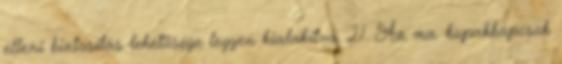
elleni biztosítás lehetõsége legyen kialakítva. 2.1. Az ma. kupakkapcsok